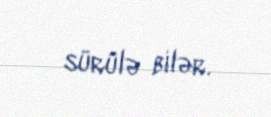
sürülə bilər.